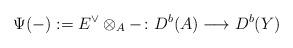
LaTeX: \begin{align*}\Psi(-):=E^\vee\otimes_A - \colon D^b(A)\longrightarrow D^b(Y)\end{align*}